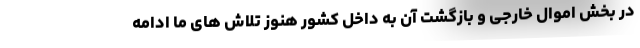
در بخش اموال خارجی و بازگشت آن به داخل کشور هنوز تلاش های ما ادامه